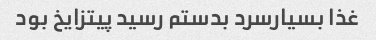
غذا بسیارسرد بدستم رسید پیتزایخ بود